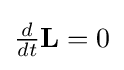
{\textstyle {\frac {d}{dt}}\mathbf {L} =0}